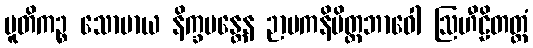
ပူတိကဉ္စ သောမာယ နိက္ခမန္တေန ဉာပကနိမိတ္တဘာဝေါ ဩဟီဠိတတ္တံ